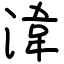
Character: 湋